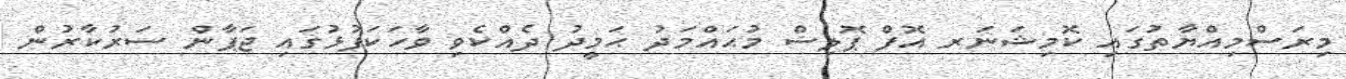
މިރަސްމިއްޔާތުގައި ކޮމިޝަނަރ އޮފް ޕޮލިސް މުޙައްމަދު ޙަމީދު ދެއްކެވި ވާހަކަފުޅުގައި ޖަޕާން ސަރުކާރުން